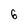
Character: 6